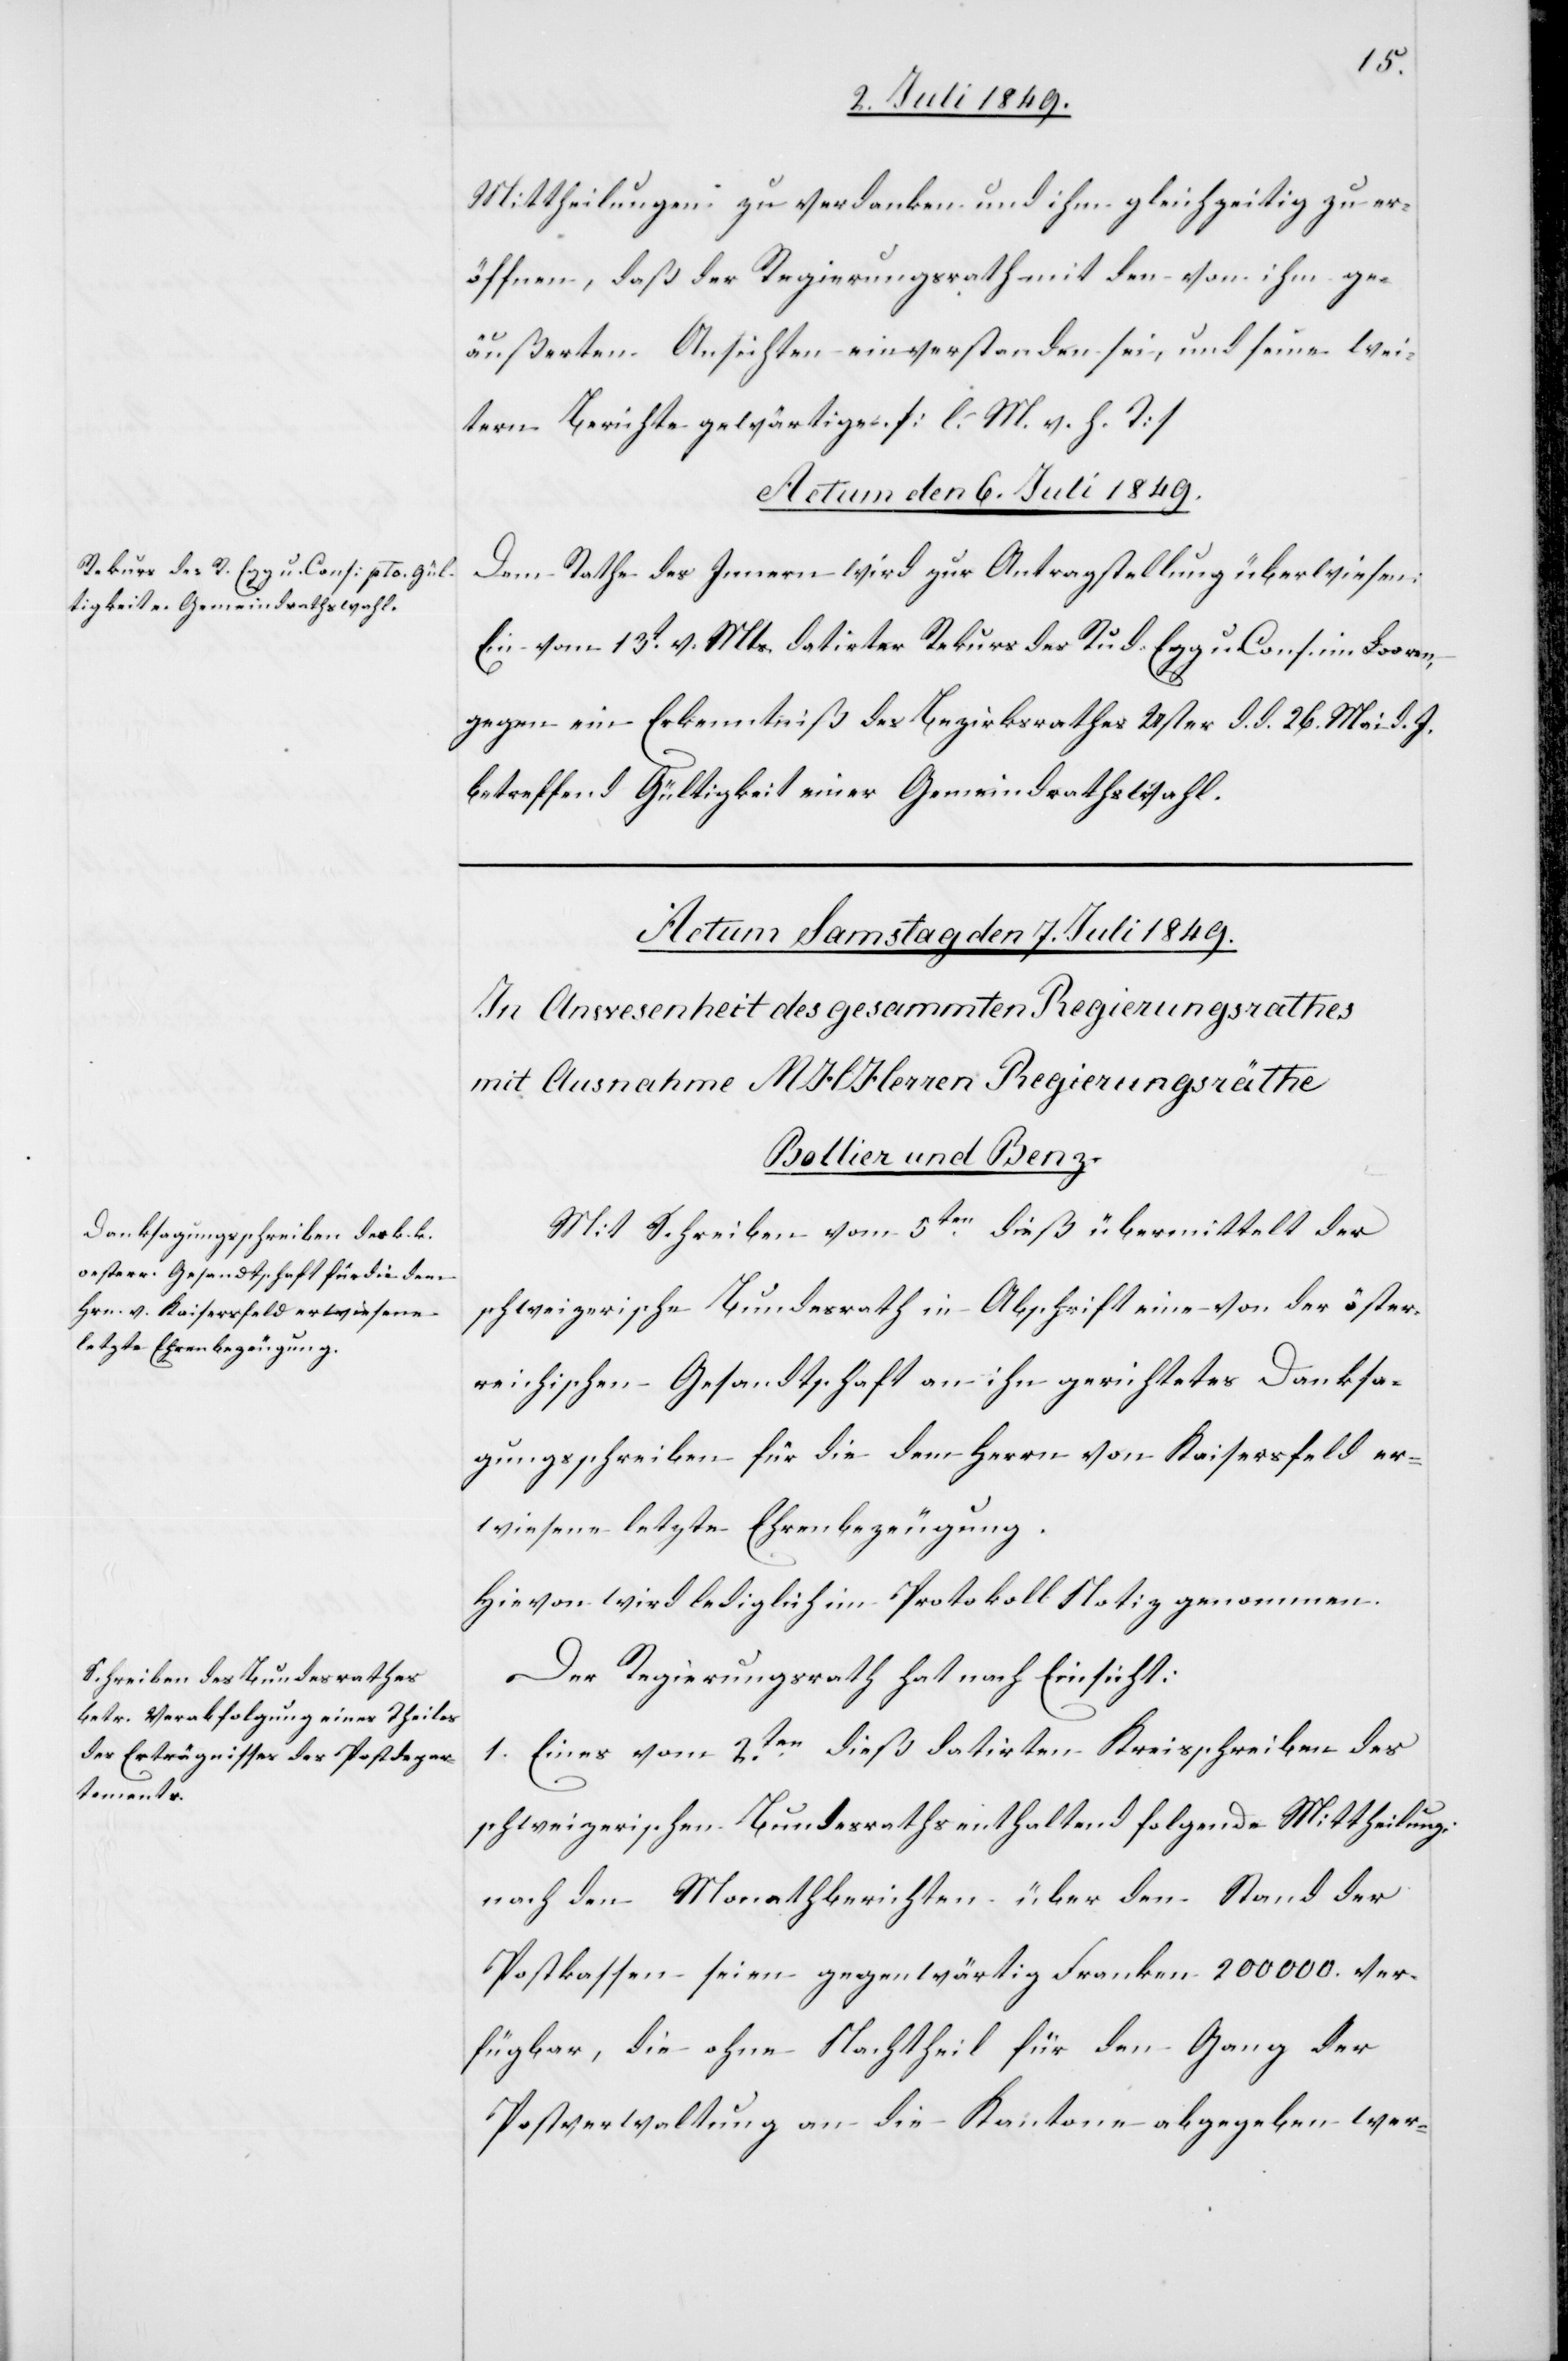
Mittheilungen zu verdanken und ihm gleichzeitig zu er¬
öffnen, daß der Regierungsrath mit den von ihm ge¬
äußerten Ansichten einverstanden sei, und seine wei¬
tern Berichte gewärtige. [l. M. v. h. T]
Actum den 6. Juli 1849.
Dem Rathe des Innern wird zur Antragstellung überwiesen:
Ein vom 13t v. Mts. datirter Rekurs des Rud. Egg u. Cons. im Lorren,
gegen ein Erkenntniß des Bezirksrathes Uster d. d. 26. Mai d. J.
betreffend Gültigkeit einer Gemeindrathswahl.
Mit Schreiben vom 5ten dieß übermittelt der
schweizerische Bundesrath in Abschrift ein von der öster¬
reichischen Gesandtschaft an ihn gerichtetes Danksa¬
gungsschreiben für die dem Herrn von Kaisersfeld er¬
wiesene letzte Ehrenbezeugung.
Hievon wird lediglich im Protokoll Notiz genommen.
Der Regierungsrath hat nach Einsicht:
1. Eines vom 2ten dieß datirten Kreisschreiben des
schweizerischen Bundesraths enthaltend folgende Mittheilung
nach den Monathberichten über den Stand der
Postkassen seien gegenwärtig Franken 200 000. ver¬
fügbar, die ohne Nachtheil für den Gang der
Postverwaltung an die Kantone abgegeben wer-